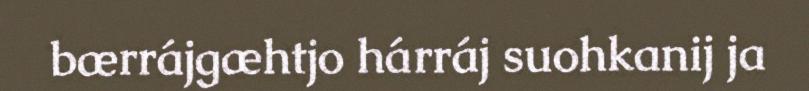
bærrájgæhtjo hárráj suohkanij ja